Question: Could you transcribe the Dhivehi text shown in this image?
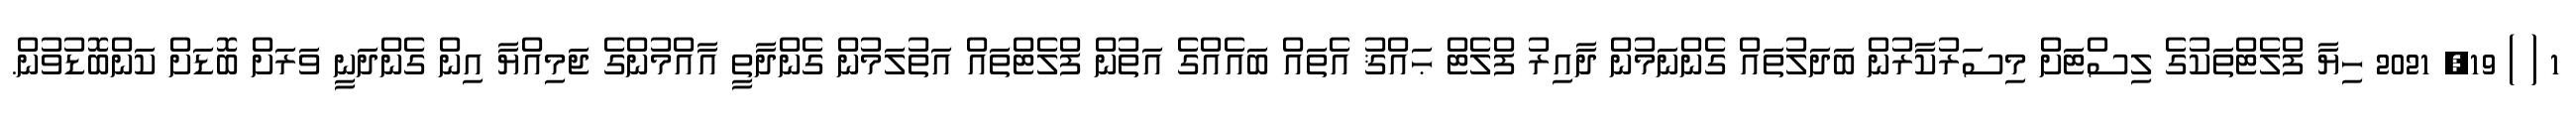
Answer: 1 ( ) 19, 2021 ހިޔާ ފްލެޓްތަކުގެ ލިސްޓަށް މިސަރުކާރުން ބަދަލުތައް ގެންނަމުން ދާއިރު ފްލެޓް ޙައްޤު އެތައް ބައެއްގެ އަތުން ފްލެޓްތައް އަތުލަމުން ގެންދާތީ އާއްމުންގެ ޖަމިއްޔާ އިން ގެންދަނީ ވަރަށް ބޮޑަށް ކަންބޮޑުވުން.